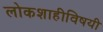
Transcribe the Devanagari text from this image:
लोकशाहीविषयी